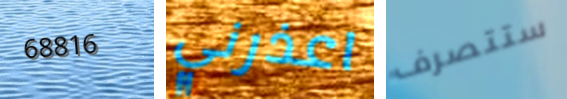
68816 اعذرني ستتصرف